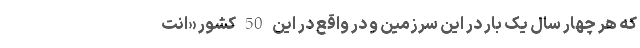
که هر چهار سال یک بار در این سرزمین و در واقع در این 50 کشور «انت